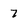
Character: 7